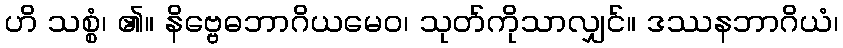
ဟိ သစ္စံ၊ ၏။ နိဗ္ဗေဓဘာဂိယမေဝ၊ သုတ်ကိုသာလျှင်။ ဒဿနဘာဂိယံ၊